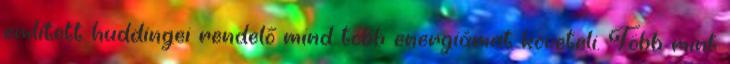
említett huddingei rendelő mind több energiámat követeli. Több mint